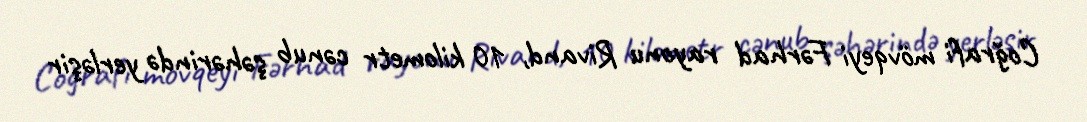
Coğrafi mövqeyi Fərhad rayonu Rivand, 10 kilometr cənub şəhərində yerləşir